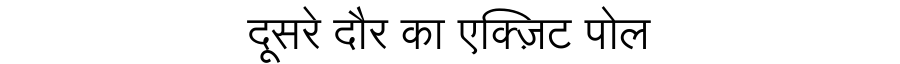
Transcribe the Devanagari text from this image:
दूसरे दौर का एक्ज़िट पोल